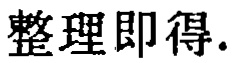
整理即得.